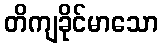
တိကျခိုင်မာသော